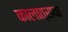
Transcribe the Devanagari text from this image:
कालात्रावा